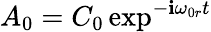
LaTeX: A_{0}=C_{0}\exp^{-\mathbf{i}\omega_{0r}t}